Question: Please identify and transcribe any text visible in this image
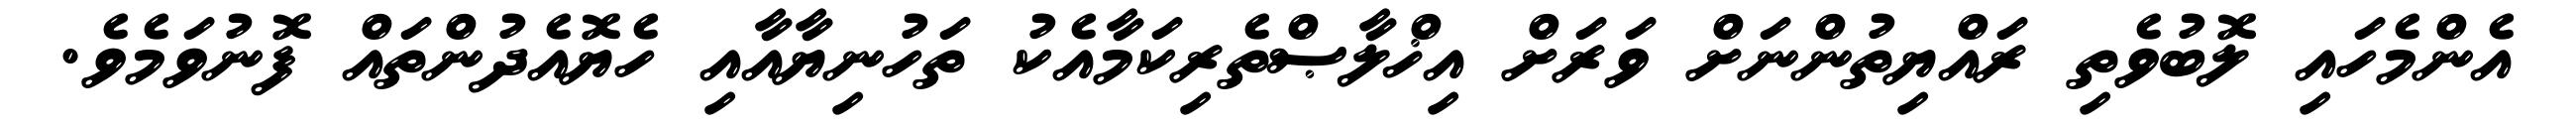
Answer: އެންމެހައި ލޮބުވެތި ރައްޔިތުންނަށް ވަރަށް އިޚްލާޞްތެރިކަމާއެކު ތަހުނިޔާއާއި ހެޔޮއެދުންތައް ފޮނުވަމެވެ.